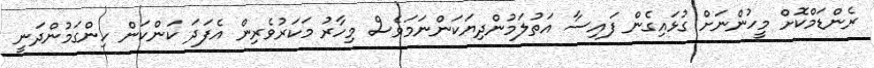
ރެންޑަމްކޮށް މީހުންނަށް ގުޅައިގެން ފައިސާ އަތުލަމުންދިޔަކަންނަމަވެސް މިހާރު މަކަރުވެރިން އެފަދަ ކަންކަން ހިންގަމުންދަނީ